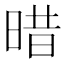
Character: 𣈏